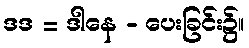
ဒဒ = ဒါနေ - ပေးခြင်း၌။